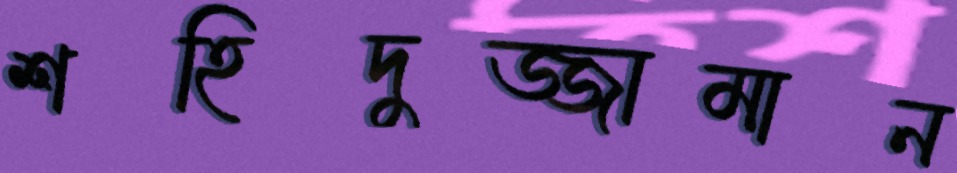
শহিদুজ্জামান